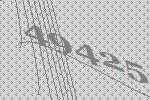
49425